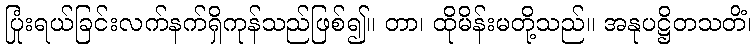
ပြုံးရယ်ခြင်းလက်နက်ရှိကုန်သည်ဖြစ်၍။ တာ၊ ထိုမိန်းမတို့သည်။ အနုပဋ္ဌိတသတိံ၊